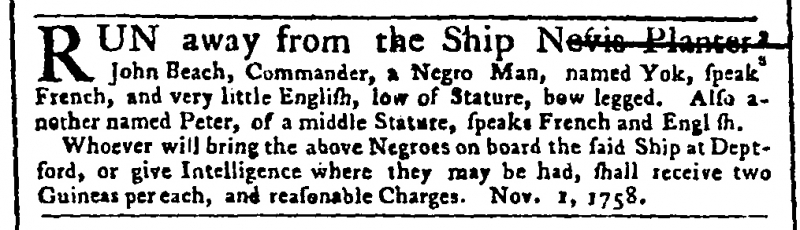
Public Advertiser, 7 November 1758 (England)
RUN away from the Ship Nevis Planter, John Beach, Commander, a Negro Man, named Yok, speaks French, and very little English, low of Stature, bow legged. Also, another named Peter, of middle Stature, speaks French and English.  Whoever will bring the above Negroes on board the said Ship at Deptford, or give Intelligence where they may be had, shall receive two Guineas per each, and reasonable Charges.    Nov. 1, 1758.